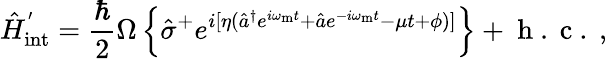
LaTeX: \hat{H}_{\mathrm{int}}^{'}=\frac{\hbar}{2}\Omega\left\{ \hat{\sigma}^{+}e^{i[\eta(\hat{a}^{\dagger}e^{i\omega_{\mathrm{m}}t}+\hat{a}e^{-i\omega_{\mathrm{m}}t}-\mu t+\phi)]}\right\} +\mathrm{~h~.~c~.~},